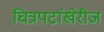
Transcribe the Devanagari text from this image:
चित्रपटांखेरीज